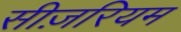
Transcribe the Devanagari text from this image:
सीज़रियम